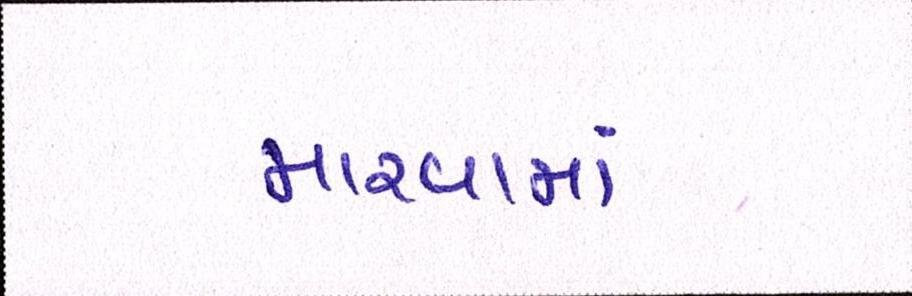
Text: મારવામાં